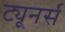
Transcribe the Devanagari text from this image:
ट्यूनर्स